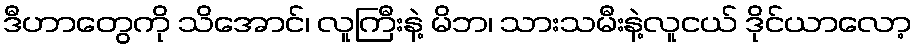
ဒီဟာတွေကို သိအောင်၊ လူကြီးနဲ့ မိဘ၊ သားသမီးနဲ့လူငယ် ဒိုင်ယာလော့